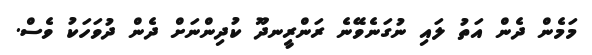
މަމެން ދެން އަތު ލައި ނުގަނެވޭނެ ރަންރީނދޫ ކުދިންނަށް ދެން ދުވަހަކު ވެސް.